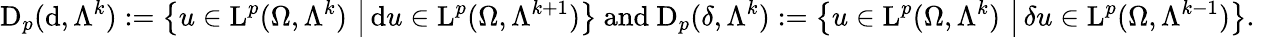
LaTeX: \mathrm{D}_{p}(\mathrm{d},\Lambda^{k}):=\left\{ u\in\mathrm{L}^{p}(\Omega,\Lambda^{k})\, \left|\, \mathrm{d}u\in\mathrm{L}^{p}(\Omega,\Lambda^{k+1})\right.\right\} \mathrm{~and~}\mathrm{D}_{p}({\delta},\Lambda^{k}):=\left\{ u\in\mathrm{L}^{p}(\Omega,\Lambda^{k})\, \left|\, {\delta}u\in\mathrm{L}^{p}(\Omega,\Lambda^{k-1})\right.\right\} \mathrm{.~}